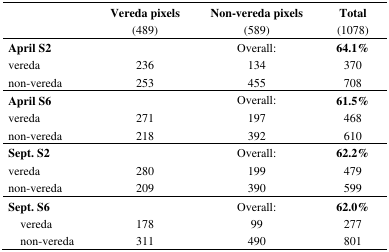
|  | Vereda pixels(489) | Non-vereda pixels(589) | Total(1078) |
 | --- | --- | --- | --- |
 | April S2 |  | Overall: | 64.1% |
 | vereda | 236 | 134 | 370 |
 | non-vereda | 253 | 455 | 708 |
 | April S6 |  | Overall: | 61.5% |
 | vereda | 271 | 197 | 468 |
 | non-vereda | 218 | 392 | 610 |
 | Sept. S2 |  | Overall: | 62.2% |
 | vereda | 280 | 199 | 479 |
 | non-vereda | 209 | 390 | 599 |
 | Sept. S6 |  | Overall: | 62.0% |
 | vereda | 178 | 99 | 277 |
 | non-vereda | 311 | 490 | 801 |